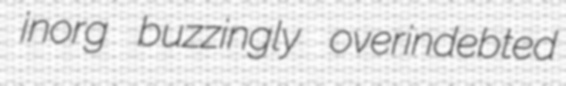
inorg buzzingly overindebted